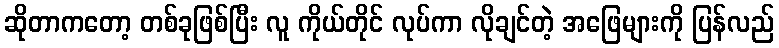
ဆိုတာကတော့ တစ်ခုဖြစ်ပြီး လူ ကိုယ်တိုင် လုပ်ကာ လိုချင်တဲ့ အဖြေများကို ပြန်လည်